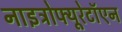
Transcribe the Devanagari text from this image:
नाइट्रोफ्यूरेटॉएन